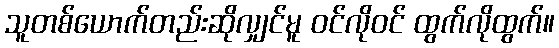
သူတစ်ယောက်တည်းဆိုလျှင်မူ ဝင်လိုဝင် ထွက်လိုထွက်။